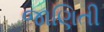
જાણિતી